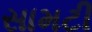
સામટી